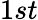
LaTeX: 1{st}